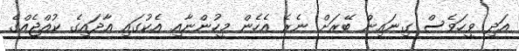
އަދި ވީހަވެސް ގިނައިން ބޭރަށް ނެރެ އެހެން މީހުންނާއި އެކުގައި އާދައިގެ ކުއްޖެއްގެ